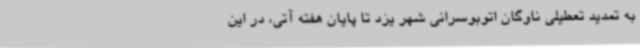
به تمدید تعطیلی ناوگان اتوبوسرانی شهر یزد تا پایان هفته آتی، در این